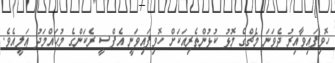
ހޮވިފައިވާއިރު ދެވަނަ މެޗްގެ މޮޅު ކުޅުންތެރިއަކަށް ހޮވިފައިވަނީ އެފްސީ ރެކަންގެ މުޙައްމަދު ޢަލީއެވެ.